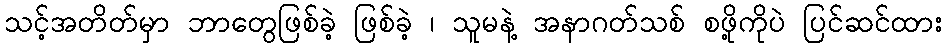
သင့်အတိတ်မှာ ဘာတွေဖြစ်ခဲ့ ဖြစ်ခဲ့ ၊ သူမနဲ့ အနာဂတ်သစ် စဖို့ကိုပဲ ပြင်ဆင်ထား